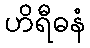
ဟိရီဓနံ